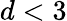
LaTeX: d<3